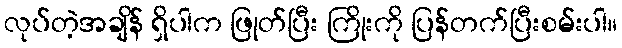
လုပ်တဲ့အချိန် ရှိပါက ဖြုတ်ပြီး ကြိုးကို ပြန်တက်ပြီးစမ်းပါ။